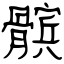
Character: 髌